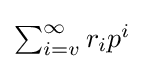
{\textstyle \sum _{i=v}^{\infty }r_{i}p^{i}}